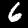
Label: 6